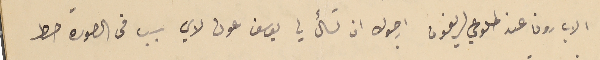
الاب رون عن طلوعي لريفون ارجوك ان تسأل يوسف عون لاي سبب فى الصوره حط